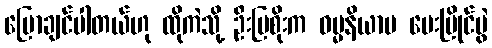
ပြောချင်ပါတယ်ဟု ထိုကဲသို့ ဦးမြစိုးက ဓမ္မနိယာမ ပေးပြိုင်ပွဲ